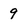
Character: 9